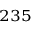
{ } ^ { 2 3 5 }